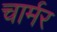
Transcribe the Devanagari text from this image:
चार्मर